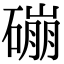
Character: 磞